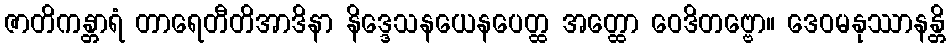
ဇာတိကန္တာရံ တာရေတီတိအာဒိနာ နိဒ္ဒေသနယေနပေတ္ထ အတ္ထော ဝေဒိတဗ္ဗော။ ဒေဝမနုဿာနန္တိ